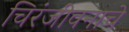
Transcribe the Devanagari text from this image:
चिरंजीवनाचे